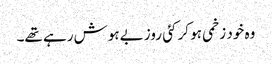
وہ خود زخمی ہو کر کئی روز بےہوش رہے تھے۔